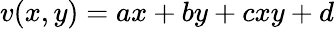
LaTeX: v(x,y)=ax+by+cxy+d